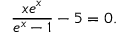
{ \frac { x e ^ { x } } { e ^ { x } - 1 } } - 5 = 0 .